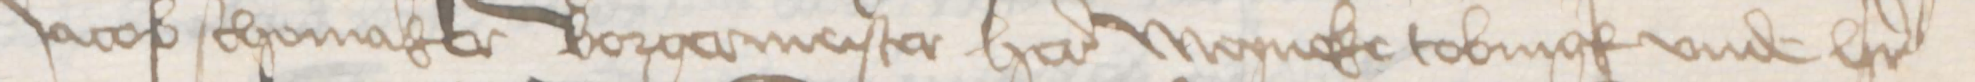
Jacob Schomaker Borgermeister here Meyneke Tobringk vnde her